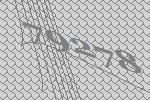
79278